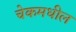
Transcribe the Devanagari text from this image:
चेकमधील